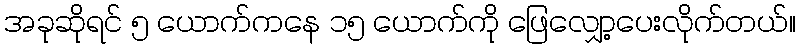
အခုဆိုရင် ၅ ယောက်ကနေ ၁၅ ယောက်ကို ဖြေလျှော့ပေးလိုက်တယ်။